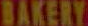
BAKERY